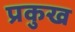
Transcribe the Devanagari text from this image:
प्रकुख